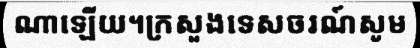
ណាឡើយ។ក្រសួងទេសចរណ៍សូម